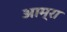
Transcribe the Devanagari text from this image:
आम्रा